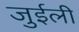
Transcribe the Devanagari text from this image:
जुईली